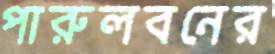
পারুলবনের